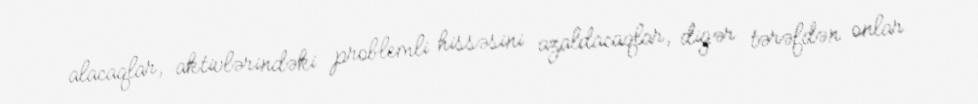
alacaqlar, aktivlərindəki problemli hissəsini azaldacaqlar, digər tərəfdən onlar